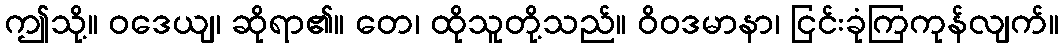
ဤသို့။ ဝဒေယျ၊ ဆိုရာ၏။ တေ၊ ထိုသူတို့သည်။ ဝိဝဒမာနာ၊ ငြင်းခုံကြကုန်လျက်။